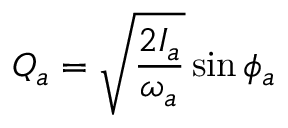
Q _ { a } = \sqrt { \frac { 2 I _ { a } } { \omega _ { a } } } \sin \phi _ { a }